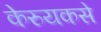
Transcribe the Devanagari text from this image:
केरुयकसे